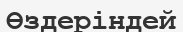
Өздеріндей